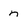
Character: n